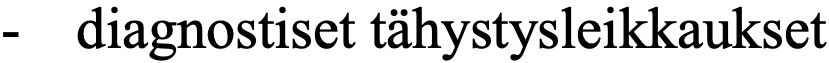
-  diagnostiset tähystysleikkaukset